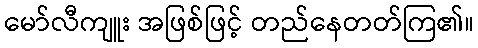
မော်လီကျူး အဖြစ်ဖြင့် တည်နေတတ်ကြ၏။